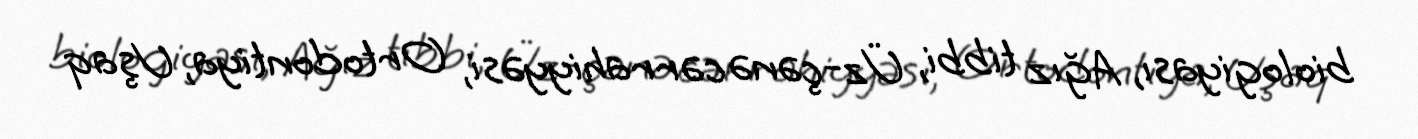
biologiyası, Ağız tibbi, Üz-çənə cərrahiyyəsi, Ortodontiya, Uşaq